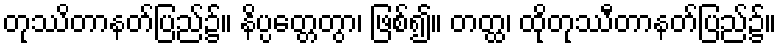
တုဿိတာနတ်ပြည်၌။ နိပ္ပတ္တေတွာ၊ ဖြစ်၍။ တတ္ထ၊ ထိုတုဿီတာနတ်ပြည်၌။